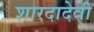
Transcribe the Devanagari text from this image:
शारदादेवी